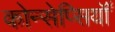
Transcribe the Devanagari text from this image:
कोन्सेप्सियॉँ